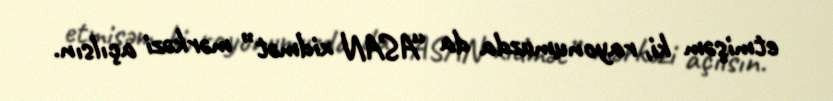
etmişəm ki, rayonumuzda da “ASAN xidmət” mərkəzi açılsın.